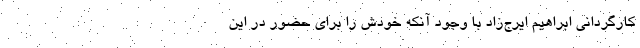
کارگردانی ابراهیم ایرج‌زاد با وجود آنکه خودش را برای حضور در این